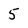
Character: 5